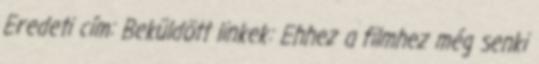
Eredeti cím: Beküldött linkek: Ehhez a filmhez még senki